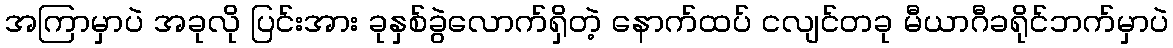
အကြာမှာပဲ အခုလို ပြင်းအား ခုနှစ်ခွဲလောက်ရှိတဲ့ နောက်ထပ် ငလျင်တခု မီယာဂီခရိုင်ဘက်မှာပဲ